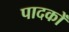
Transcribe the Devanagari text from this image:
पादकों